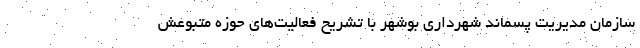
سازمان مدیریت پسماند شهرداری بوشهر با تشریح فعالیت‌های حوزه متبوعش